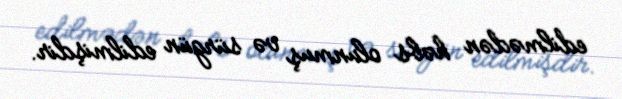
edilmədən həbs olunmuş və sürgün edilmişdir.